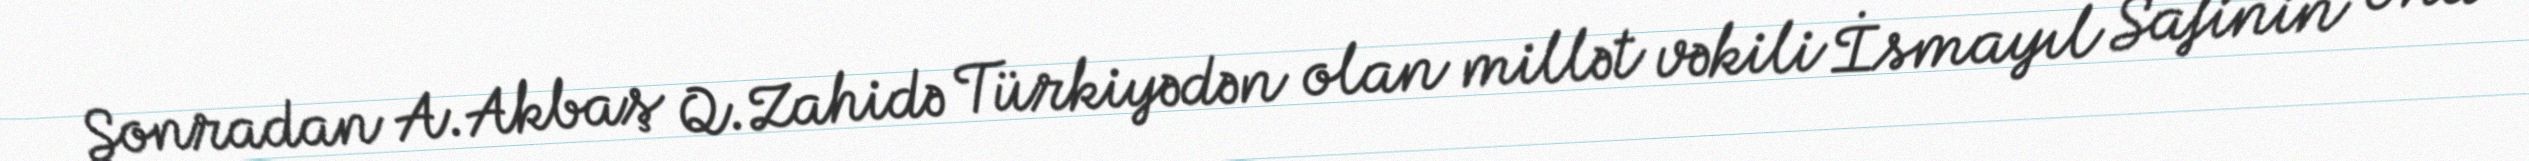
Sonradan A.Akbaş Q.Zahidə Türkiyədən olan millət vəkili İsmayıl Safinin ona